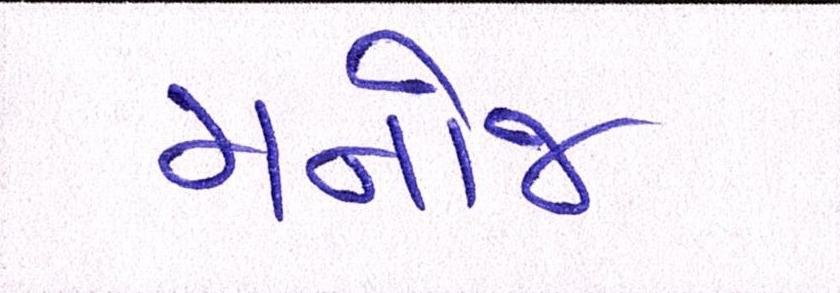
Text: મનોજ